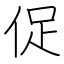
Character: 促